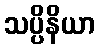
သပ္ပိနိယာ